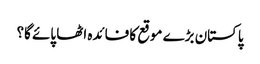
پاکستان بڑے موقع کا فائدہ اٹھا پائے گا؟